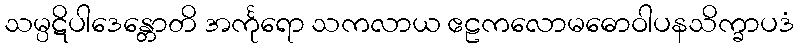
သမ္ပဋိပါဒေန္တောတိ အင်္ကုရော သကလာယ ဧဠကလောမဓောဝါပနသိက္ခာပဒံ